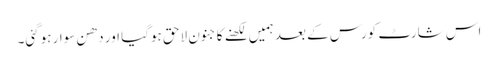
اس شارٹ کورس کے بعد ہمیں لکھنے کا جنون لاحق ہوگیا اور دھن سوار ہوگئی۔